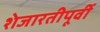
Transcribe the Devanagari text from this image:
शेजारतीपूर्वी